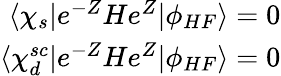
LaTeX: \begin{array}{r}{\langle\chi_{s}|e^{-Z}He^{Z}|\phi_{HF}\rangle=0}\\ {\langle\chi_{d}^{sc}|e^{-Z}He^{Z}|\phi_{HF}\rangle=0}\end{array}